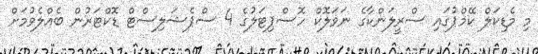
މި މެޑިކަލް ކޭމްޕުގަައި ސްރީލަންކާގެ ނަވަލޮކް ހޮސްޕިޓަލުގެ 4 ސްޕެޝަލިސްޓް ޑޮކްޓަރުން ބެއްލެވުމަށް